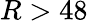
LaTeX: R>48